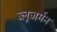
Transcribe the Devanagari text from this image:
ब्लूजर्मन